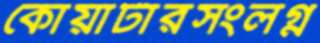
কোয়ার্টারসংলগ্ন